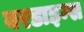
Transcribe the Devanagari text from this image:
बरडाइन्स